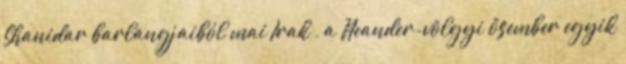
Shanidar barlangjaiból mai Irak , a Neander-völgyi ősember egyik